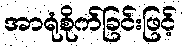
အာရုံစိုက်ခြင်းဖြင့်